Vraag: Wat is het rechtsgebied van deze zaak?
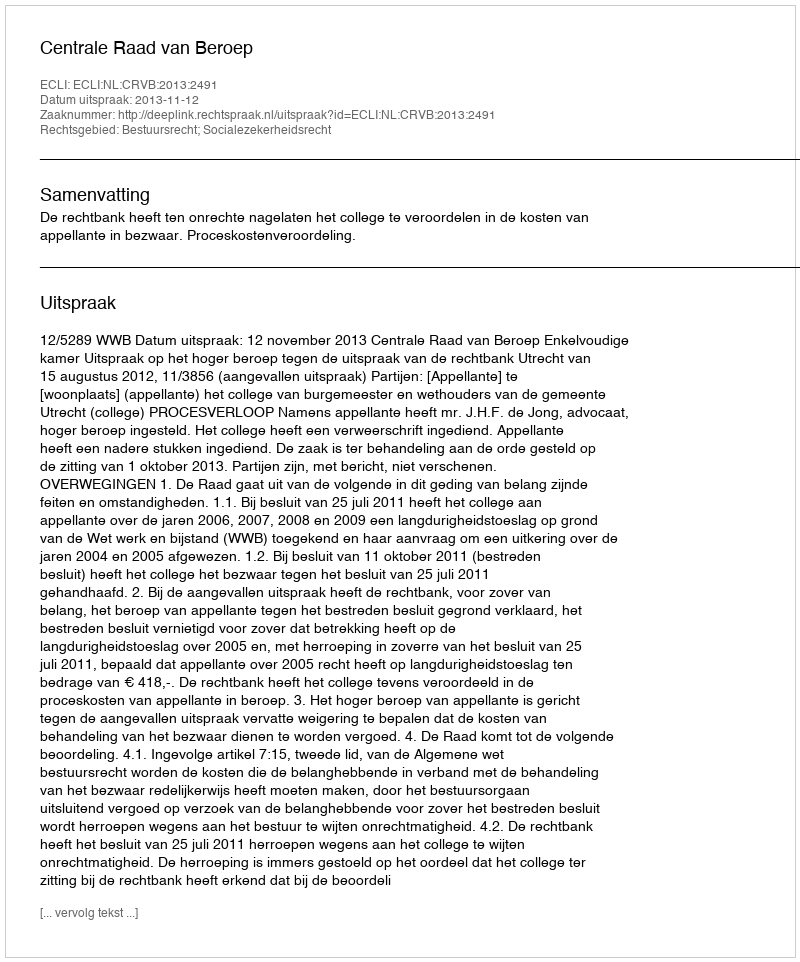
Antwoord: Bestuursrecht; Socialezekerheidsrecht